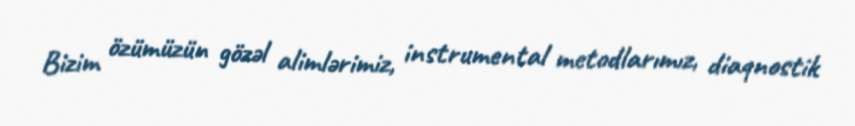
Bizim özümüzün gözəl alimlərimiz, instrumental metodlarımız, diaqnostik